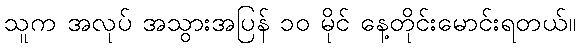
သူက အလုပ် အသွားအပြန် ၁၀ မိုင် နေ့တိုင်းမောင်းရတယ်။